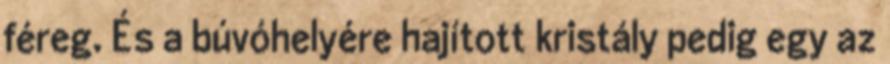
féreg. És a búvóhelyére hajított kristály pedig egy az